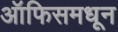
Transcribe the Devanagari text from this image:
ऑफिसमधून